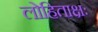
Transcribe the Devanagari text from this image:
लोहिताक्षः